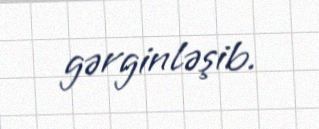
gərginləşib.